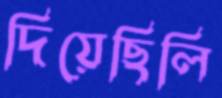
দিয়েছিলি